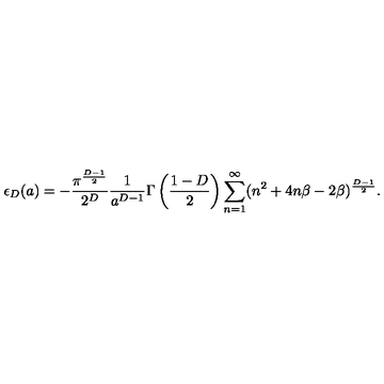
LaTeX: \epsilon _ { D } ( a ) = - \frac { \pi ^ { \frac { D - 1 } { 2 } } } { 2 ^ { D } } \frac { 1 } { a ^ { D - 1 } } \Gamma \left( \frac { 1 - D } { 2 } \right) \sum _ { n = 1 } ^ { \infty } ( n ^ { 2 } + 4 n \beta - 2 \beta ) ^ { \frac { D - 1 } { 2 } } .